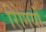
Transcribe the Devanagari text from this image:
रोिगयों